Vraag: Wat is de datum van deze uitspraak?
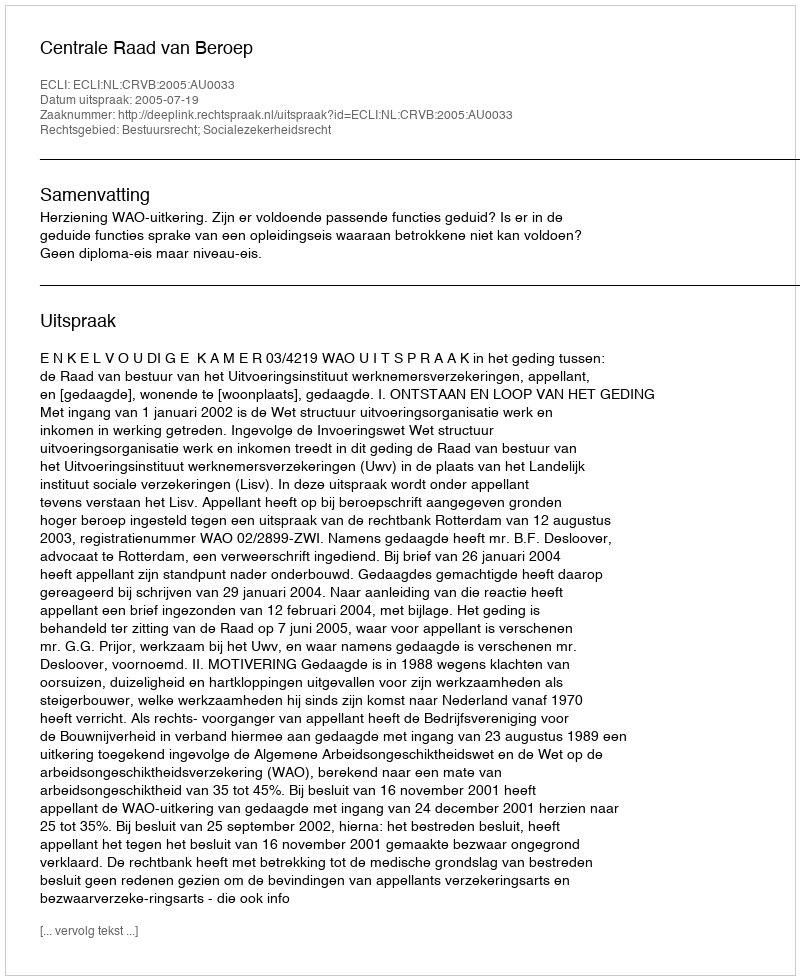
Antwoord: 2005-07-19